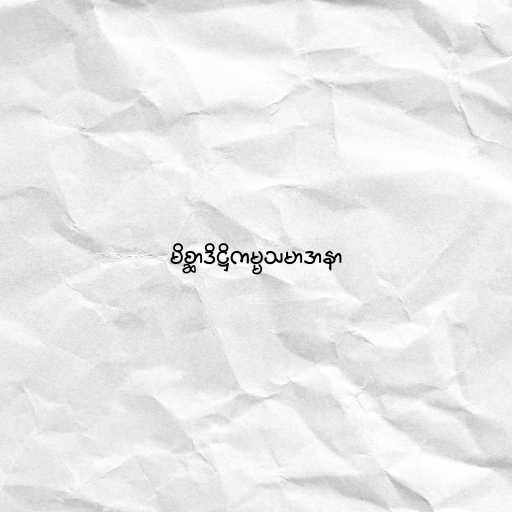
မိစ္ဆာဒိဋ္ဌိကမ္မသမာဒာနာ